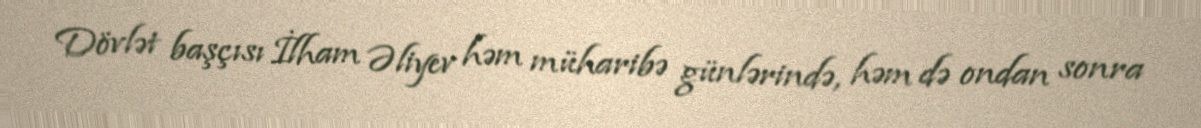
Dövlət başçısı İlham Əliyev həm müharibə günlərində, həm də ondan sonra